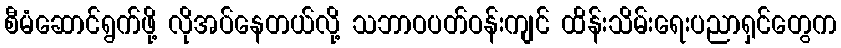
စီမံဆောင်ရွက်ဖို့ လိုအပ်နေတယ်လို့ သဘာဝပတ်ဝန်းကျင် ထိန်းသိမ်းရေးပညာရှင်တွေက